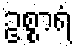
ဥစ္စာရံ